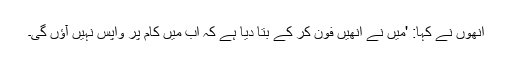
انھوں نے کہا: 'میں نے انھیں فون کر کے بتا دیا ہے کہ اب میں کام پر واپس نہیں آؤں گی۔